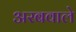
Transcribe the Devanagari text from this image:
अरबवाले